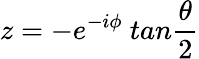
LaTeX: z=-e^{-i\phi}~tan\frac{\theta}{2}